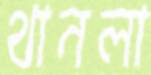
থানলা